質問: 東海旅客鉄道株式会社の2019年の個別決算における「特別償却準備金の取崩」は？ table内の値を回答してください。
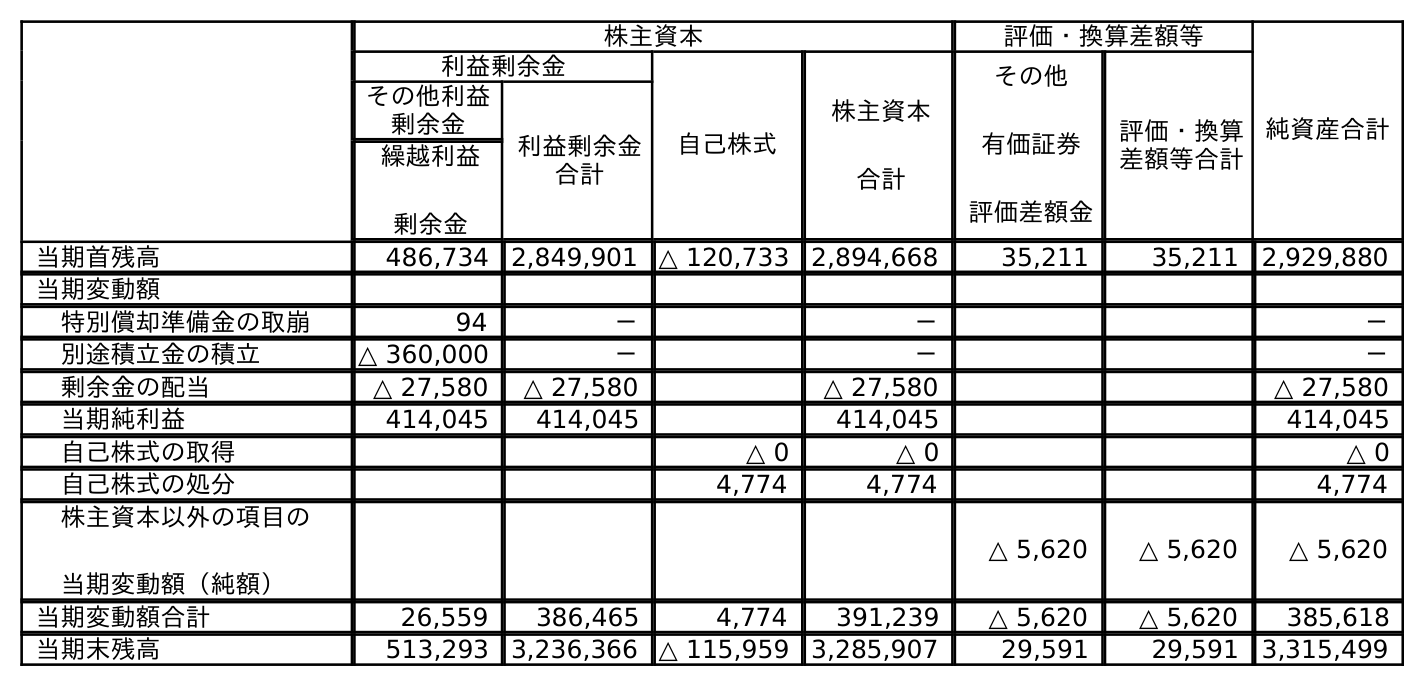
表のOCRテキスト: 株主資本 評価・換算差額等 純資産合計 利益剰余金 自己株式 株主資本 合計 その他 有価証券 評価差額金 評価・換算 差額等合計 その他利益 剰余金 利益剰余金 合計 繰越利益 剰余金 当期首残高 486,734 2,849,901 △ 120,733 2,894,668 35,211 35,211 2,929,880 当期変動額 特別償却準備金の取崩 94 － － － 別途積立金の積立 △ 360,000 － － － 剰余金の配当 △ 27,580 △ 27,580 △ 27,580 △ 27,580 当期純利益 414,045 414,045 414,045 414,045 自己株式の取得 △ 0 △ 0 △ 0 自己株式の処分 4,774 4,774 4,774 株主資本以外の項目の 当期変動額（純額） △ 5,620 △ 5,620 △ 5,620 当期変動額合計 26,559 386,465 4,774 391,239 △ 5,620 △ 5,620 385,618 当期末残高 513,293 3,236,366 △ 115,959 3,285,907 29,591 29,591 3,315,499
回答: －